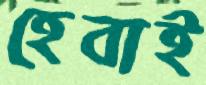
হেবাই